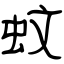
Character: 蚊